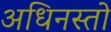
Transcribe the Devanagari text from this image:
अधिनस्तो